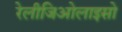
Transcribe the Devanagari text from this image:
रेलीजिओलाइसो